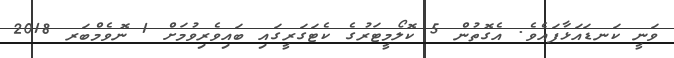
ވަނީ ކަނޑައަޅާފައެވެ. އެގޮތުން 5 ކޮލޯމީޓަރުގެ ކެޓަގަރީގައި ބައިވެރިވުމަށް 1 ނޮވެމްބަރ 2018